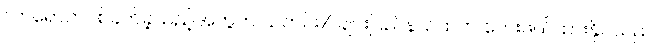
လာရောက်ပစ်ခတ်ခဲ့သည့်အတွက် သတင်း/ ချင်းပြည်နယ်ထဲက ဘေးဖယ်ထားနိုင်သည်